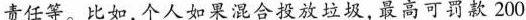
责任等。比如，个人如果混合投放垃圾，最高可罚款 200